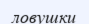
ловушки